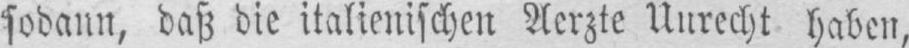
sodann, daß die italienischen Aerzte Unrecht haben,